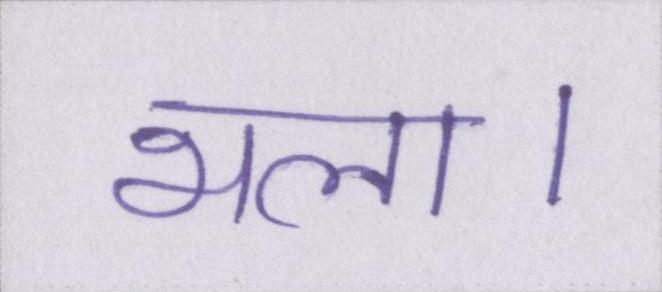
भला।